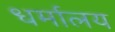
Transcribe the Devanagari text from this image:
धर्मालय